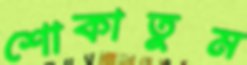
শোকাতুম